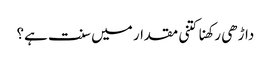
داڑھی رکھنا کتنی مقدار میں سنت ہے؟